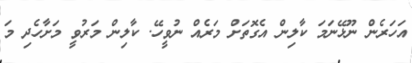
އަހަރެން ނޫޅޭނަމަ ކާލިން އެގޮތަށް މަރެއް ނުވީހޭ. ކާލިން މަރުވީ މަށާހެދި މަ